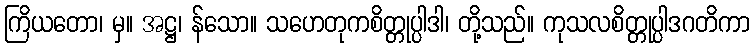
ကြိယတော၊ မှ။ အဋ္ဌ၊ န်သော။ သဟေတုကစိတ္တုပ္ပါဒါ၊ တို့သည်။ ကုသလစိတ္တုပ္ပါဒဂတိကာ